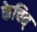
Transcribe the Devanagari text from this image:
केचित्